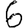
Digit: 6